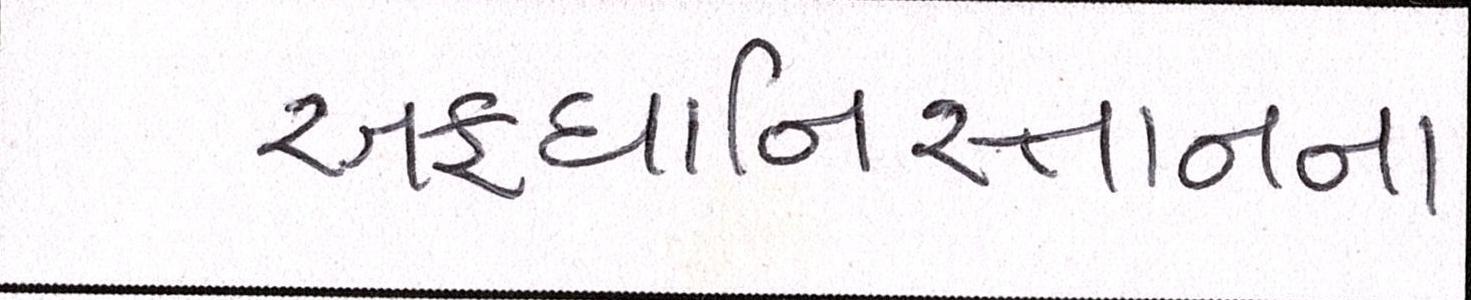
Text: અફઘાનિસ્તાનના